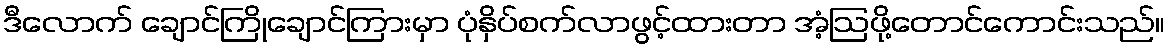
ဒီလောက် ချောင်ကြိုချောင်ကြားမှာ ပုံနှိပ်စက်လာဖွင့်ထားတာ အံ့ဩဖို့တောင်ကောင်းသည်။